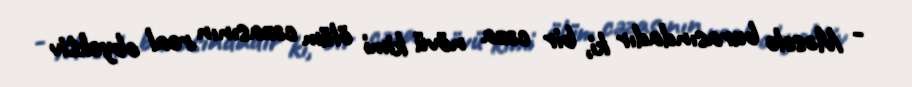
- Məsələ burasındadır ki, bir cəza növü kimi ölüm cəzasının real obyektiv